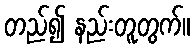
တည်၍ နည်းတူတွက်။